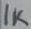
Text: 1K